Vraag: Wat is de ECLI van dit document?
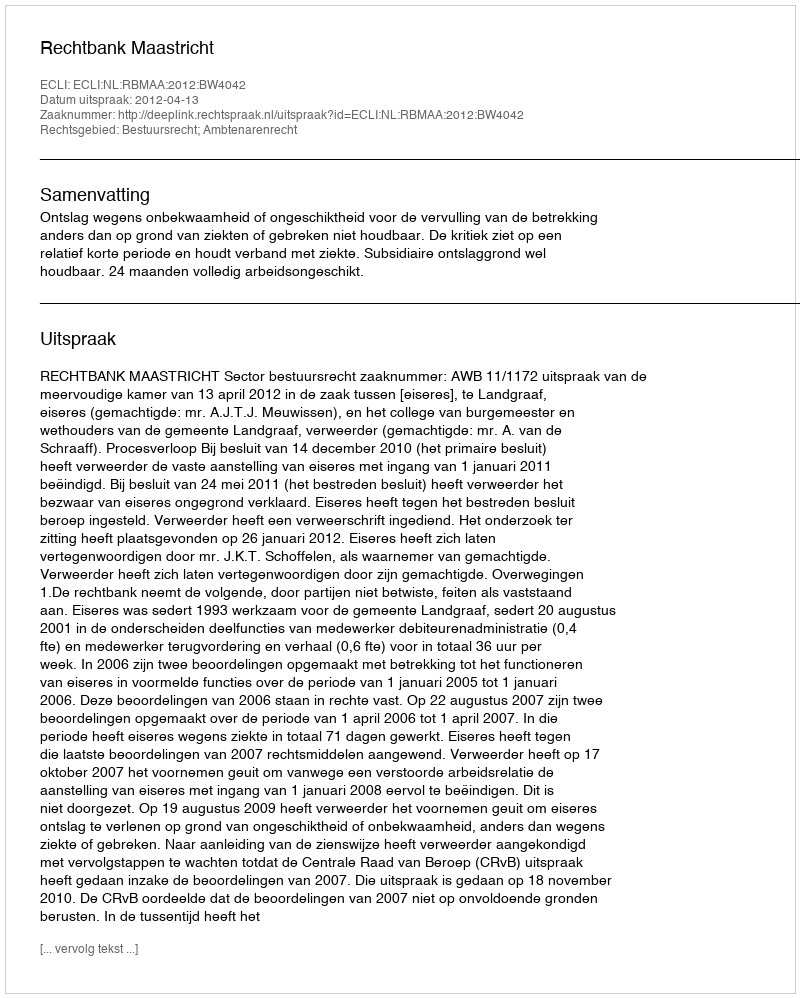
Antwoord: ECLI:NL:RBMAA:2012:BW4042